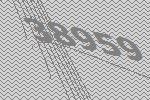
38959